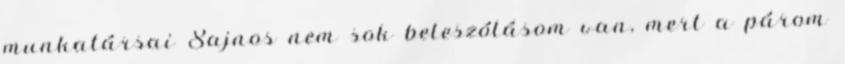
munkatársai Sajnos nem sok beleszólásom van, mert a párom